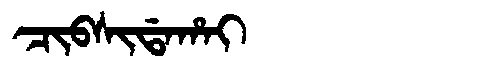
Manchu: ᠴᡳᠪᠰᡳᡩᠠᡥᠠᡳ
Romanization: CIBSIDAHAI